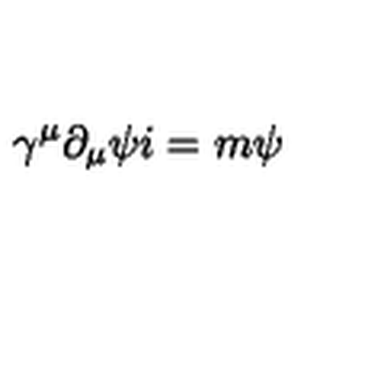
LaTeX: \gamma ^ { \mu } \partial _ { \mu } \psi i = m \psi